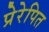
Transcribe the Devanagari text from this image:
प्रेरेपित